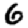
Digit: 6